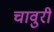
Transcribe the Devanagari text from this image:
चावुरी